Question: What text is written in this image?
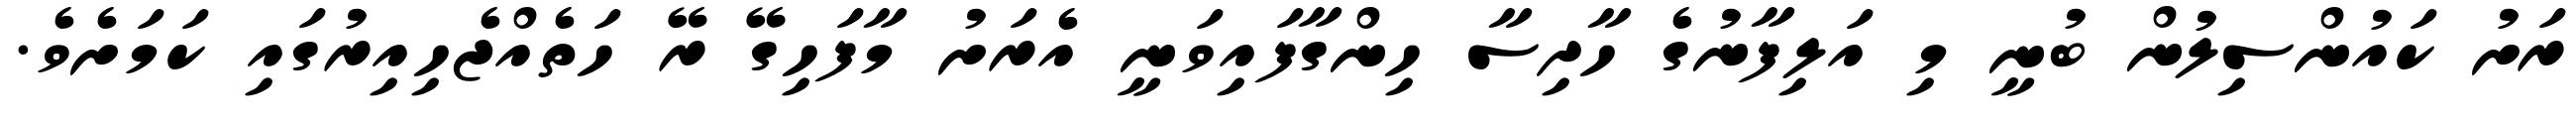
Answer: ރަށު ކައުންސިލުން ބުނީ މި އަލިފާނުގެ ހާދިސާ ހިންގާފައިވަނީ އެރަށު މާފަހިގޭ ރޭ ހަތެއްޖެހިއިރުގައި ކަމަށެވެ.